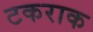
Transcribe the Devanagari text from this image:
टकराक